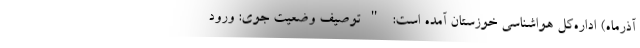
آذرماه) اداره‌کل هواشناسی خوزستان آمده است: "توصیف وضعیت جوی: ورود